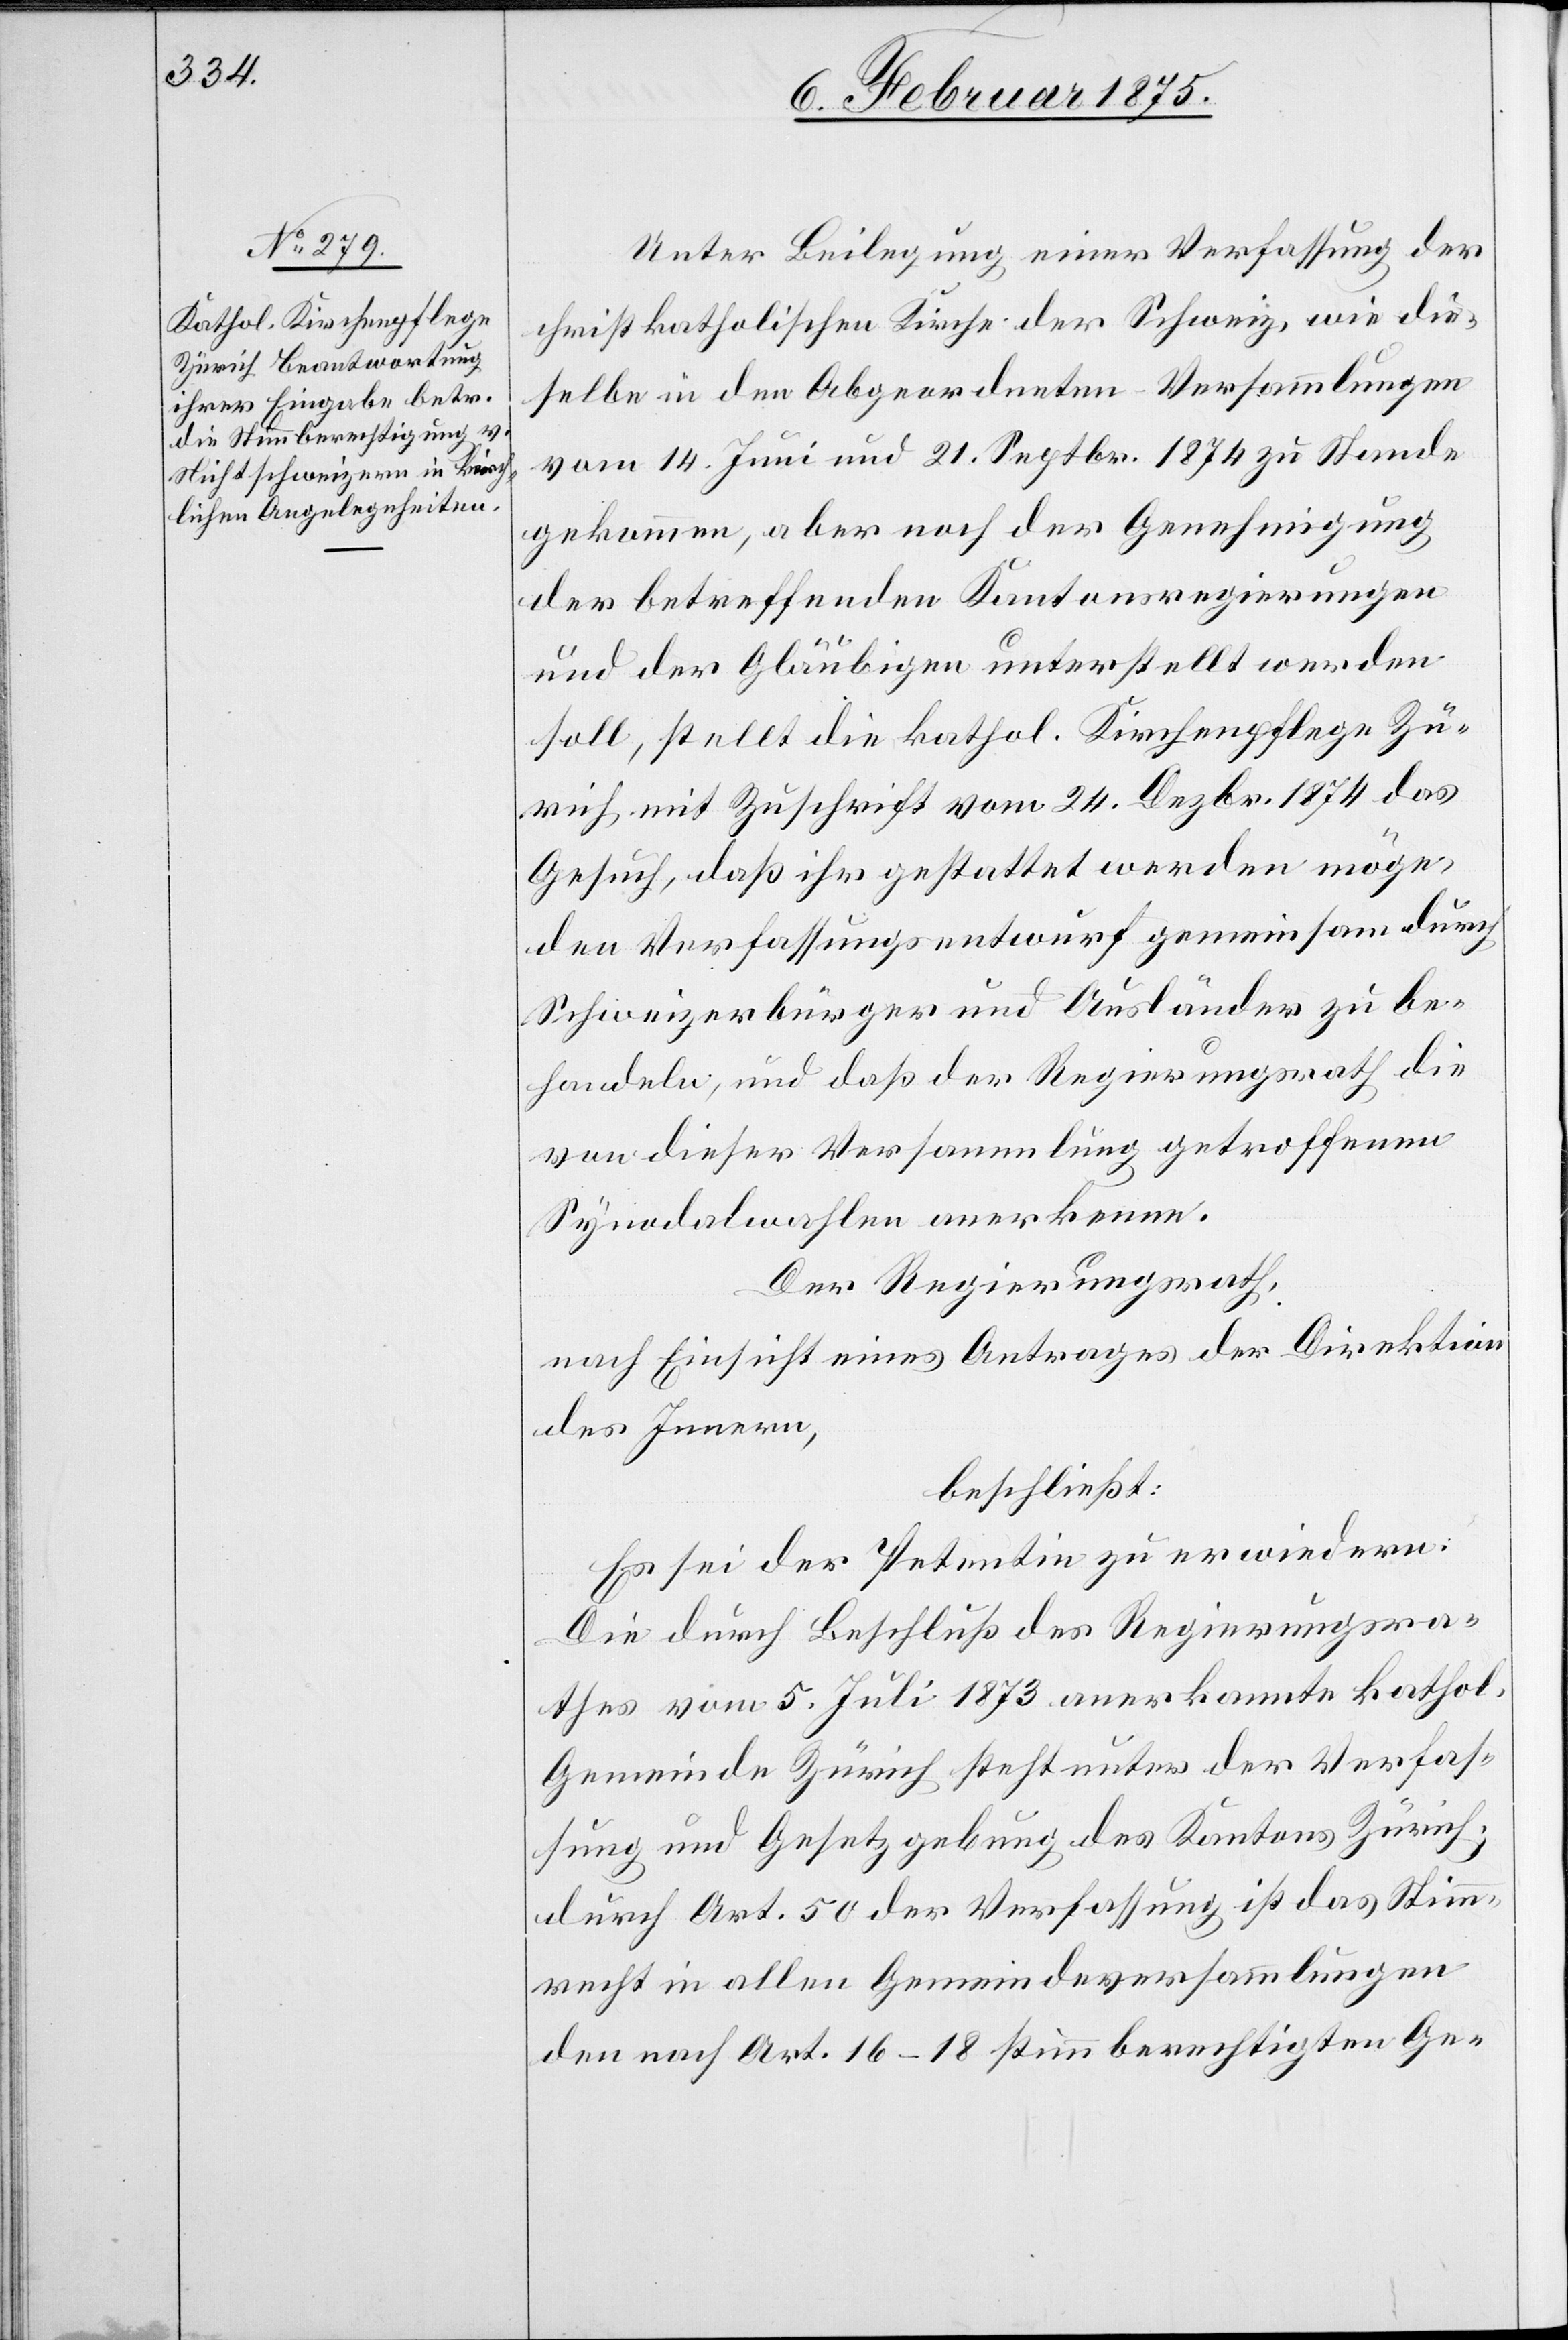
Unter Beilegung einer Verfassung der
christkatholischen Kirche der Schweiz, wie die¬
selbe in den Abgeordneten-Versammlungen
vom 14. Juni und 21. Septbr. 1874 zu Stande
gekommen, aber noch der Genehmigung
der betreffenden Kantonsregierungen
und der Gläubigen unterstellt werden
soll, stellt die kathol. Kirchenpflege Zü¬
rich mit Zuschrift vom 24. Dezbr. 1874 das
Gesuch, daß ihr gestattet werden möge,
den Verfassungsentwurf gemeinsam durch
Schweizerbürger und Ausländer zu be¬
handeln, und daß der Regierungsrath die
von dieser Versammlung getroffenen
Synodalwahlen anerkenne.
Der Regierungsrath,
nach Einsicht eines Antrages der Direktion
des Innern,
beschließt:
Es sei der Petentin zu erwiedern:
Die durch Beschluß des Regierungsra¬
thes vom 5. Juli 1873 anerkannte kathol.
Gemeinde Zürich steht unter der Verfas¬
sung und Gesetzgebung des Kantons Zürich;
durch Art. 50 der Verfassung ist das Stim¬
mrecht in allen Gemeindeversammlungen
den nach Art. 16–18 stimmberechtigten Ge-